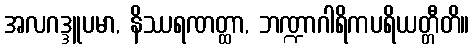
အလဂဒ္ဒူပမာ, နိဿရဏတ္ထာ, ဘဏ္ဍာဂါရိကပရိယတ္တီတိ။